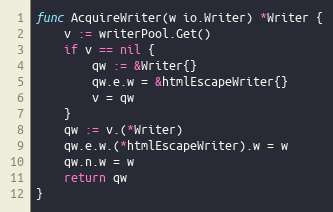
Language: Go
func AcquireWriter(w io.Writer) *Writer {
	v := writerPool.Get()
	if v == nil {
		qw := &Writer{}
		qw.e.w = &htmlEscapeWriter{}
		v = qw
	}
	qw := v.(*Writer)
	qw.e.w.(*htmlEscapeWriter).w = w
	qw.n.w = w
	return qw
}